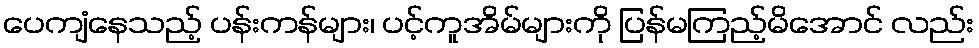
ပေကျံနေသည့် ပန်းကန်များ၊ ပင့်ကူအိမ်များကို ပြန်မကြည့်မိအောင် လည်း